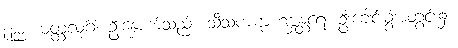
၃၃၀။ မတ္ထလုင်္ဂံ၊ ဦးနှောက်သည်။ သီသကဋာဟဗ္ဘန္တရေ၊ ဦးခေါင်းခွံအတွင်း၌။